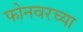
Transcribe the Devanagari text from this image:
फोनवरच्या